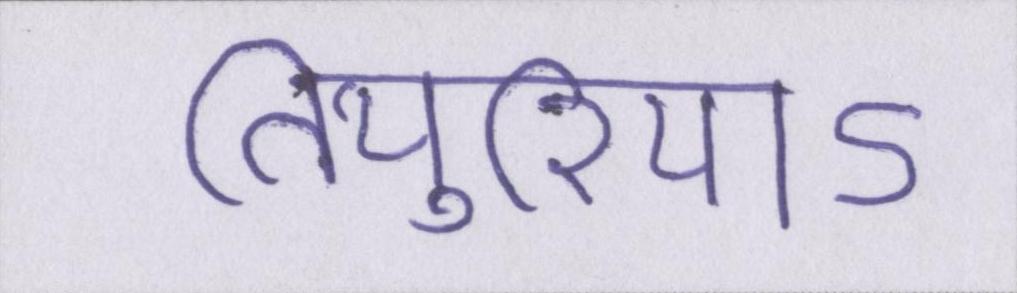
तियुरियाऽ